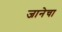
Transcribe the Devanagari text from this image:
जानेचा